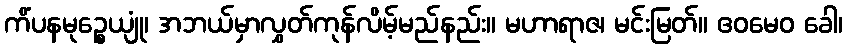
ကိံပနမုဉ္စေယျုံ၊ အဘယ်မှာလွှတ်ကုန်လိမ့်မည်နည်း။ မဟာရာဇ၊ မင်းမြတ်။ ဧဝမေဝ ခေါ၊